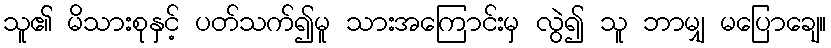
သူ၏ မိသားစုနှင့် ပတ်သက်၍မူ သားအကြောင်းမှ လွဲ၍ သူ ဘာမျှ မပြောချေ။